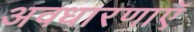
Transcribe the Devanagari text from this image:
अवधारणाएॅ